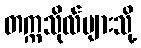
တက္ကသိုလ်များသို့